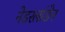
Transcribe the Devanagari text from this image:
नेडरलांडेन